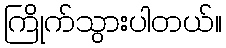
ကြိုက်သွားပါတယ်။